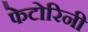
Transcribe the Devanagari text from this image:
फेटोरिनी